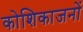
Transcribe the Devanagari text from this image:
कोशिकाजनों